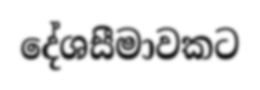
දේශසීමාවකට